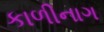
કાળીનાગ